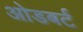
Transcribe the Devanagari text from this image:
ओडबर्ट